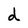
Character: d